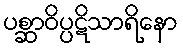
ပစ္ဆာဝိပ္ပဋိသာရိနော